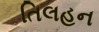
તિલહન